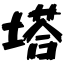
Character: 塔